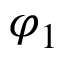
\varphi _ { 1 }